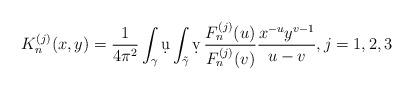
LaTeX: \begin{align*} K_n^{(j)}(x,y)=\frac{1}{4\pi^2}\int_{\gamma}\d u\int_{\tilde\gamma}\d v\, \frac{F_n^{(j)}(u)}{F_n^{(j)}(v)}\frac{x^{-u}y^{v-1}}{u-v}, j=1,2,3 \end{align*}